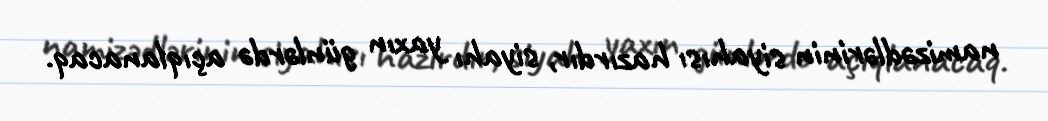
namizədlərinin siyahısı hazırdır, siyahı yaxın günlərdə açıqlanacaq.